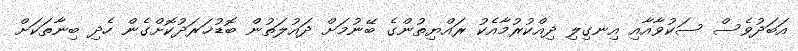
އަބަދުވެސް ސަކުވާއާއި އިނގިލި ދިއްކުރުމާއެކު ރައްޔިތުންގެ ބޭނުމަށް ދައުލަތުން ބޮޑުޚަރަަދުކޮށްގެން ހެދި ބިނާތަކަށް